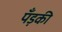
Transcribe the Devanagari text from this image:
पँड़की